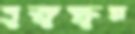
বুভুক্ষুর